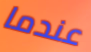
عندما